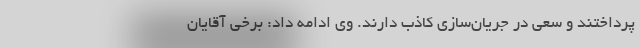
پرداختند و سعی در جریان‌سازی کاذب دارند. وی ادامه داد: برخی آقایان